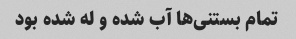
تمام بستنی‌ها آب شده و له شده بود